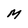
Character: M